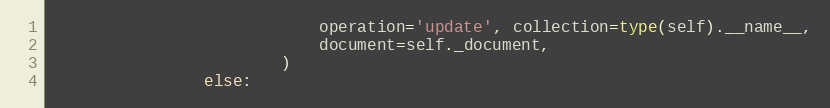
Language: Python
                            operation='update', collection=type(self).__name__,
                            document=self._document,
                        )
                else: